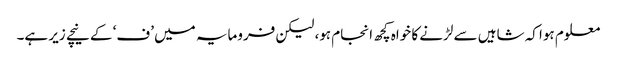
معلوم ہوا کہ شاہیں سے لڑنے کا خواہ کچھ انجام ہو، لیکن فرومایہ میں ’ف‘ کے نیچے زیر ہے۔